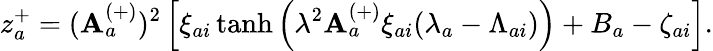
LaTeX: z_{a}^{+}=(\mathbf{A}_{a}^{(+)})^{2}\left[\xi_{ai}\operatorname{tanh}\left(\lambda^{2}\mathbf{A}_{a}^{(+)}\xi_{ai}(\lambda_{a}-\Lambda_{ai})\right)+B_{a}-\zeta_{ai}\right].